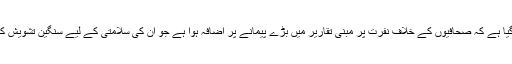
رپورٹ میں کہا گیا ہے کہ صحافیوں کے خلاف نفرت پر مبنی تقاریر میں بڑے پیمانے پر اضافہ ہوا ہے جو ان کی سلامتی کے لیے سنگین تشویش کا باعث رہی ہیں ۔